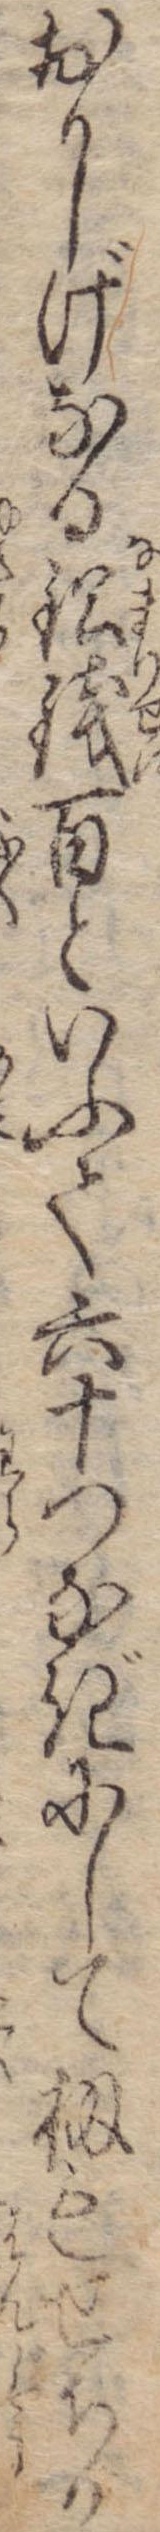
おかしげなる鉛銭百といふて六十つなぎにして扨もせちか